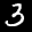
Digit: 3